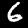
Digit: 6